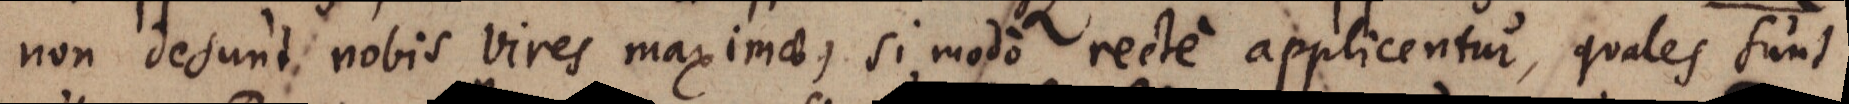
non desunt nobis vires maximae, si modo recte applicentur, quales sunt